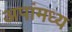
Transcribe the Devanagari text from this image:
अपांमध्य